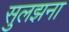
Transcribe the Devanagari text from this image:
सुलझना